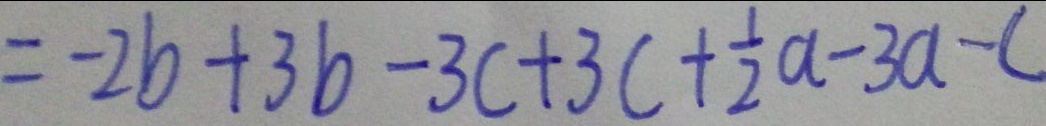
= - 2 b + 3 b - 3 c + 3 c + \frac { 1 } { 2 } a - 3 a - c